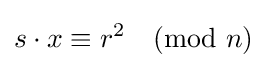
s\cdot x\equiv r^{2}{\pmod {n}}